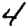
Digit: 4